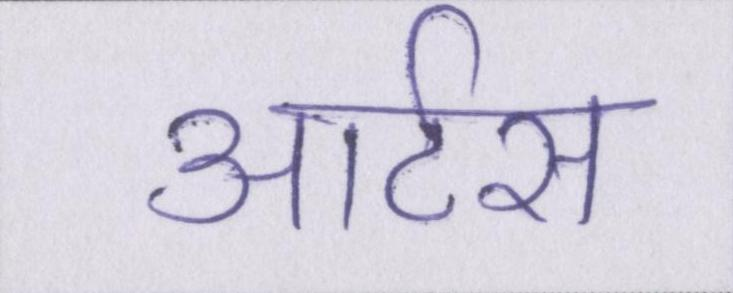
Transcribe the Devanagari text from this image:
आर्टस